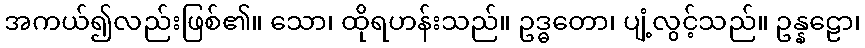
အကယ်၍လည်းဖြစ်၏။ သော၊ ထိုရဟန်းသည်။ ဥဒ္ဓတော၊ ပျံ့လွင့်သည်။ ဥန္နဠော၊